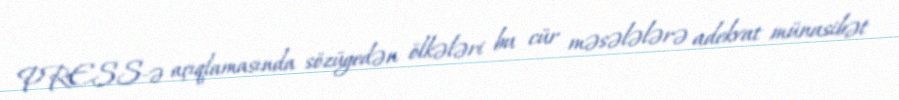
PRESS-ə açıqlamasında sözügedən ölkələri bu cür məsələlərə adekvat münasibət